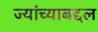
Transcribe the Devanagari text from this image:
ज्यांच्याबद्दल